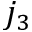
j _ { 3 }